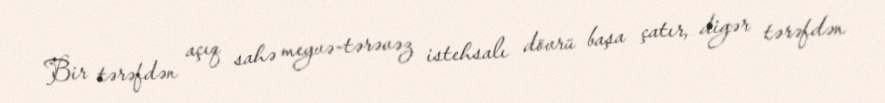
Bir tərəfdən açıq sahə meyvə-tərəvəz istehsalı dövrü başa çatır, digər tərəfdən